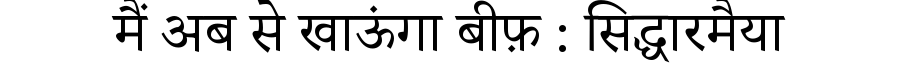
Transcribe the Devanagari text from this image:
मैं अब से खाऊंगा बीफ़ : सिद्धारमैया